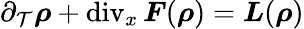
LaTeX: \partial_{\mathcal{T}}\boldsymbol{\rho}+\operatorname{div}_{x}\boldsymbol{F}(\boldsymbol{\rho})=\boldsymbol{L}(\boldsymbol{\rho})